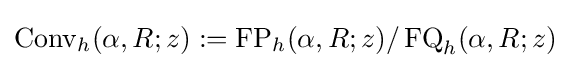
\operatorname {Conv} _{h}(\alpha ,R;z):=\operatorname {FP} _{h}(\alpha ,R;z)/\operatorname {FQ} _{h}(\alpha ,R;z)